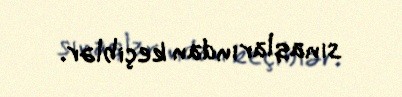
sınaqlarından keçiblər.